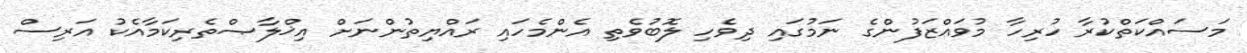
މަސައްކަތްކުރާ ހުރިހާ މުވައްޒަފުންގެ ނަމުގައި ދިވެހި ލޮބުވެތި އެންމެހައި ރައްޔިތުންނަށް އިޚްލާޞްތެރިކަމާއެކު އަރިސް